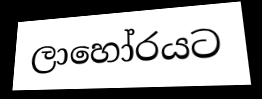
ලාහෝරයට